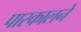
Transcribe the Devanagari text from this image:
पास्कालने